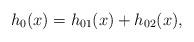
LaTeX: \begin{align*}h_0(x)=h_{01}(x)+h_{02}(x),\end{align*}